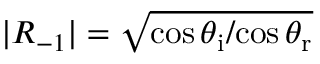
| R _ { - 1 } | = \sqrt { { \cos \theta _ { \mathrm { i } } } / { \cos \theta _ { \mathrm { r } } } }